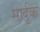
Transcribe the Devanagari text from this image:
मार्दुक